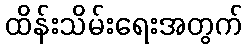
ထိန်းသိမ်းရေးအတွက်